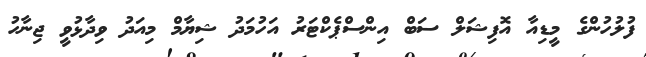
ފުލުހުންގެ މީޑިއާ އޮފިޝަލް ސަބް އިންސްޕެކްޓަރު އަހުމަދު ޝިޔާމް މިއަދު ވިދާޅުވީ ޖިނާހު